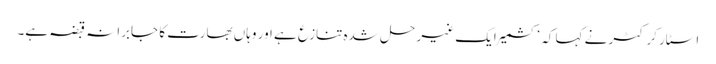
اسٹار کرکٹر نے کہا کہ ‘کشمیر ایک غیر حل شدہ تنازع ہے اور وہاں بھارت کا جابرانہ قبضہ ہے۔